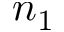
n _ { 1 }